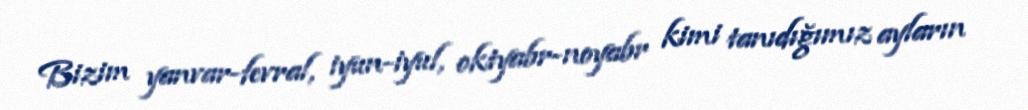
Bizim yanvar-fevral, iyun-iyul, oktyabr-noyabr kimi tanıdığımız ayların